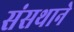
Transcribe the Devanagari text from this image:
संसथाने